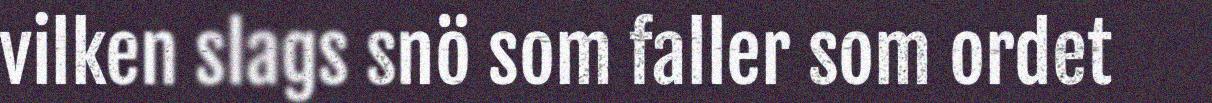
vilken slags snö som faller som ordet